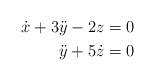
LaTeX: \begin{align*}\dot{x}+3\ddot{y}-2z=0\\\ddot{y}+5\dot{z}=0\end{align*}